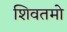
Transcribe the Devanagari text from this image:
शिवतमो